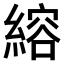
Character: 𫃻